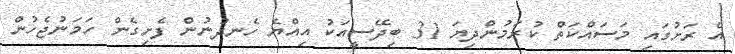
އެ ރަށުގައި މަސައްކަތް ކުރަމުންދިޔަ 31 ބިދޭސީއަކު އިއްޔެ ހެނދުނުން ފެށިގެން ހަމަނުޖެހުން